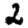
Digit: 2